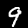
Digit: 9